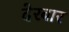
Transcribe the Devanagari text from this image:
देरबार